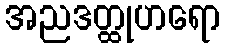
အညဒတ္ထုဟရော